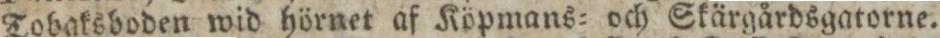
Tobaksboden wid hörnet af Köpmans= och Skärgårdsgatorne.